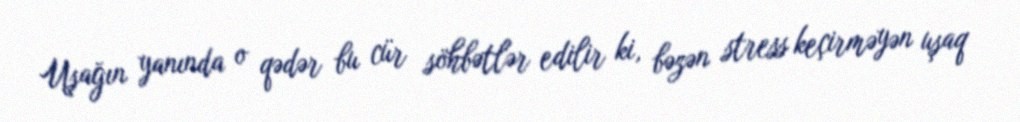
Uşağın yanında o qədər bu cür söhbətlər edilir ki, bəzən stress keçirməyən uşaq